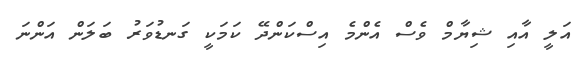
އަލީ އާއި ޝިޔާމް ވެސް އެންމެ އިސްކަންދޭ ކަމަކީ ގަނޑުވަރު ބަލަން އަންނަ